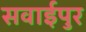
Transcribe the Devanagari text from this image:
सवाईपुर